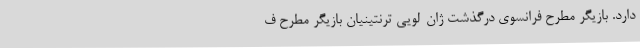
دارد. بازیگر مطرح فرانسوی درگذشت ژان-لویی ترنتینیان بازیگر مطرح ف